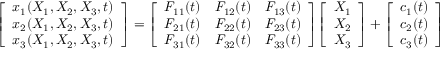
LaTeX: { \left[ \begin{array} { l } { x _ { 1 } ( X _ { 1 } , X _ { 2 } , X _ { 3 } , t ) } \\ { x _ { 2 } ( X _ { 1 } , X _ { 2 } , X _ { 3 } , t ) } \\ { x _ { 3 } ( X _ { 1 } , X _ { 2 } , X _ { 3 } , t ) } \end{array} \right] } = { \left[ \begin{array} { l l l } { F _ { 1 1 } ( t ) } & { F _ { 1 2 } ( t ) } & { F _ { 1 3 } ( t ) } \\ { F _ { 2 1 } ( t ) } & { F _ { 2 2 } ( t ) } & { F _ { 2 3 } ( t ) } \\ { F _ { 3 1 } ( t ) } & { F _ { 3 2 } ( t ) } & { F _ { 3 3 } ( t ) } \end{array} \right] } { \left[ \begin{array} { l } { X _ { 1 } } \\ { X _ { 2 } } \\ { X _ { 3 } } \end{array} \right] } + { \left[ \begin{array} { l } { c _ { 1 } ( t ) } \\ { c _ { 2 } ( t ) } \\ { c _ { 3 } ( t ) } \end{array} \right] }